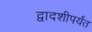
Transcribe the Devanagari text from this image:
द्वादशीपर्यंत